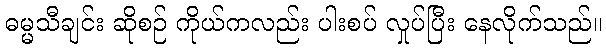
ဓမ္မသီချင်း ဆိုစဉ် ကိုယ်ကလည်း ပါးစပ် လှုပ်ပြီး နေလိုက်သည်။